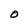
Character: O